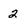
Character: 2